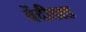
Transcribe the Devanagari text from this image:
वेंदीडाड